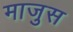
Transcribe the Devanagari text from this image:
माजुस